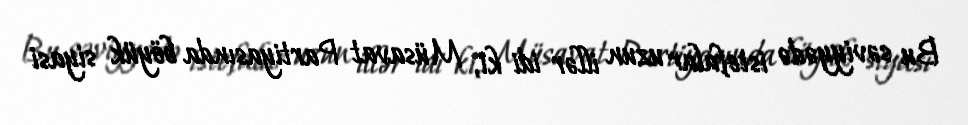
Bu səviyyədə istefalar uzun illər idi ki, Müsavat Partiyasında böyük siyasi